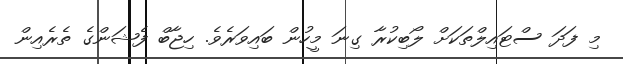
މި ފަދަ ސްޓައިލްތަކަށް ލޯބިކުރާ ގިނަ މީހުން ބައިވަރެވެ. ހިޖާބް ފެޝަންގެ ތެރެއިން